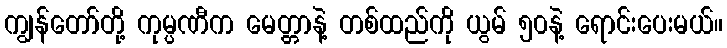
ကျွန်တော်တို့ ကုမ္ပဏီက မေတ္တာနဲ့ တစ်ထည်ကို ယွမ် ၅၀နဲ့ ရောင်းပေးမယ်။